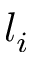
l _ { i }